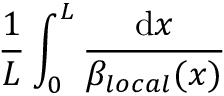
\frac { 1 } { L } \int _ { 0 } ^ { L } \frac { \mathrm { d } x } { \beta _ { l o c a l } ( x ) }